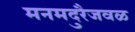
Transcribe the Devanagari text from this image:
मनमदुरैजवळ